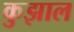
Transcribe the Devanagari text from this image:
कुझाल